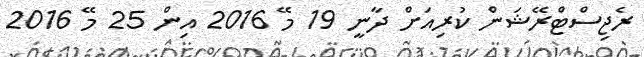
ރެޖިސްޓްރޭޝަން ކުރިއަށް ދާނީ 19 މޭ 2016 އިން 25 މޭ 2016